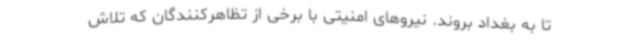
تا به بغداد بروند. نیروهای امنیتی با برخی از تظاهرکنندگان که تلاش